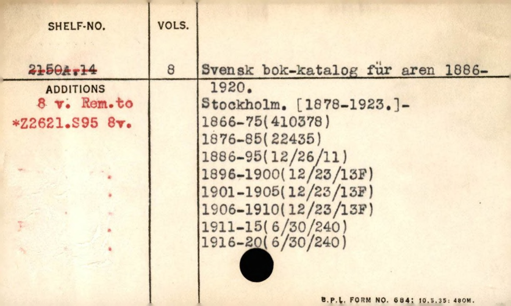
Label: content